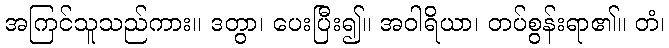
အကြင်သူသည်ကား။ ဒတွာ၊ ပေးပြီး၍။ အဝါရိယာ၊ တပ်စွန်းရာ၏။ တံ၊